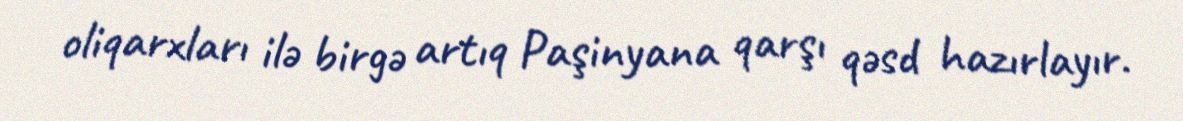
oliqarxları ilə birgə artıq Paşinyana qarşı qəsd hazırlayır.